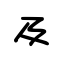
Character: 及